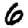
Digit: 6